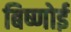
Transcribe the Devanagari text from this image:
बिष्णोई